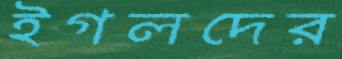
ইগলদের